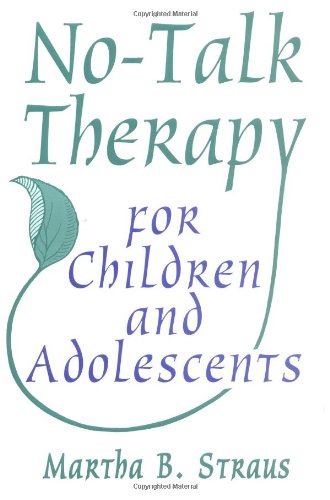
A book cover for No-Talk Therapy for Children and Adolescents (Norton Professional Books); Martha B. Straus; Medical Books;